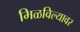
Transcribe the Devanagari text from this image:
मिळविल्यावर